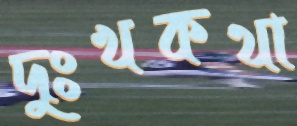
দুঃখকথা